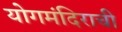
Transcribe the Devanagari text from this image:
योगमंदिराची